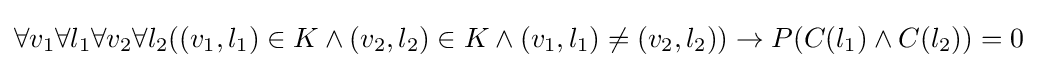
\forall v_{1}\forall l_{1}\forall v_{2}\forall l_{2}((v_{1},l_{1})\in K\land (v_{2},l_{2})\in K\land (v_{1},l_{1})\neq (v_{2},l_{2}))\to P(C(l_{1})\land C(l_{2}))=0